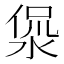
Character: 𰜅